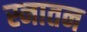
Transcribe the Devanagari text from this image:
स्नातन